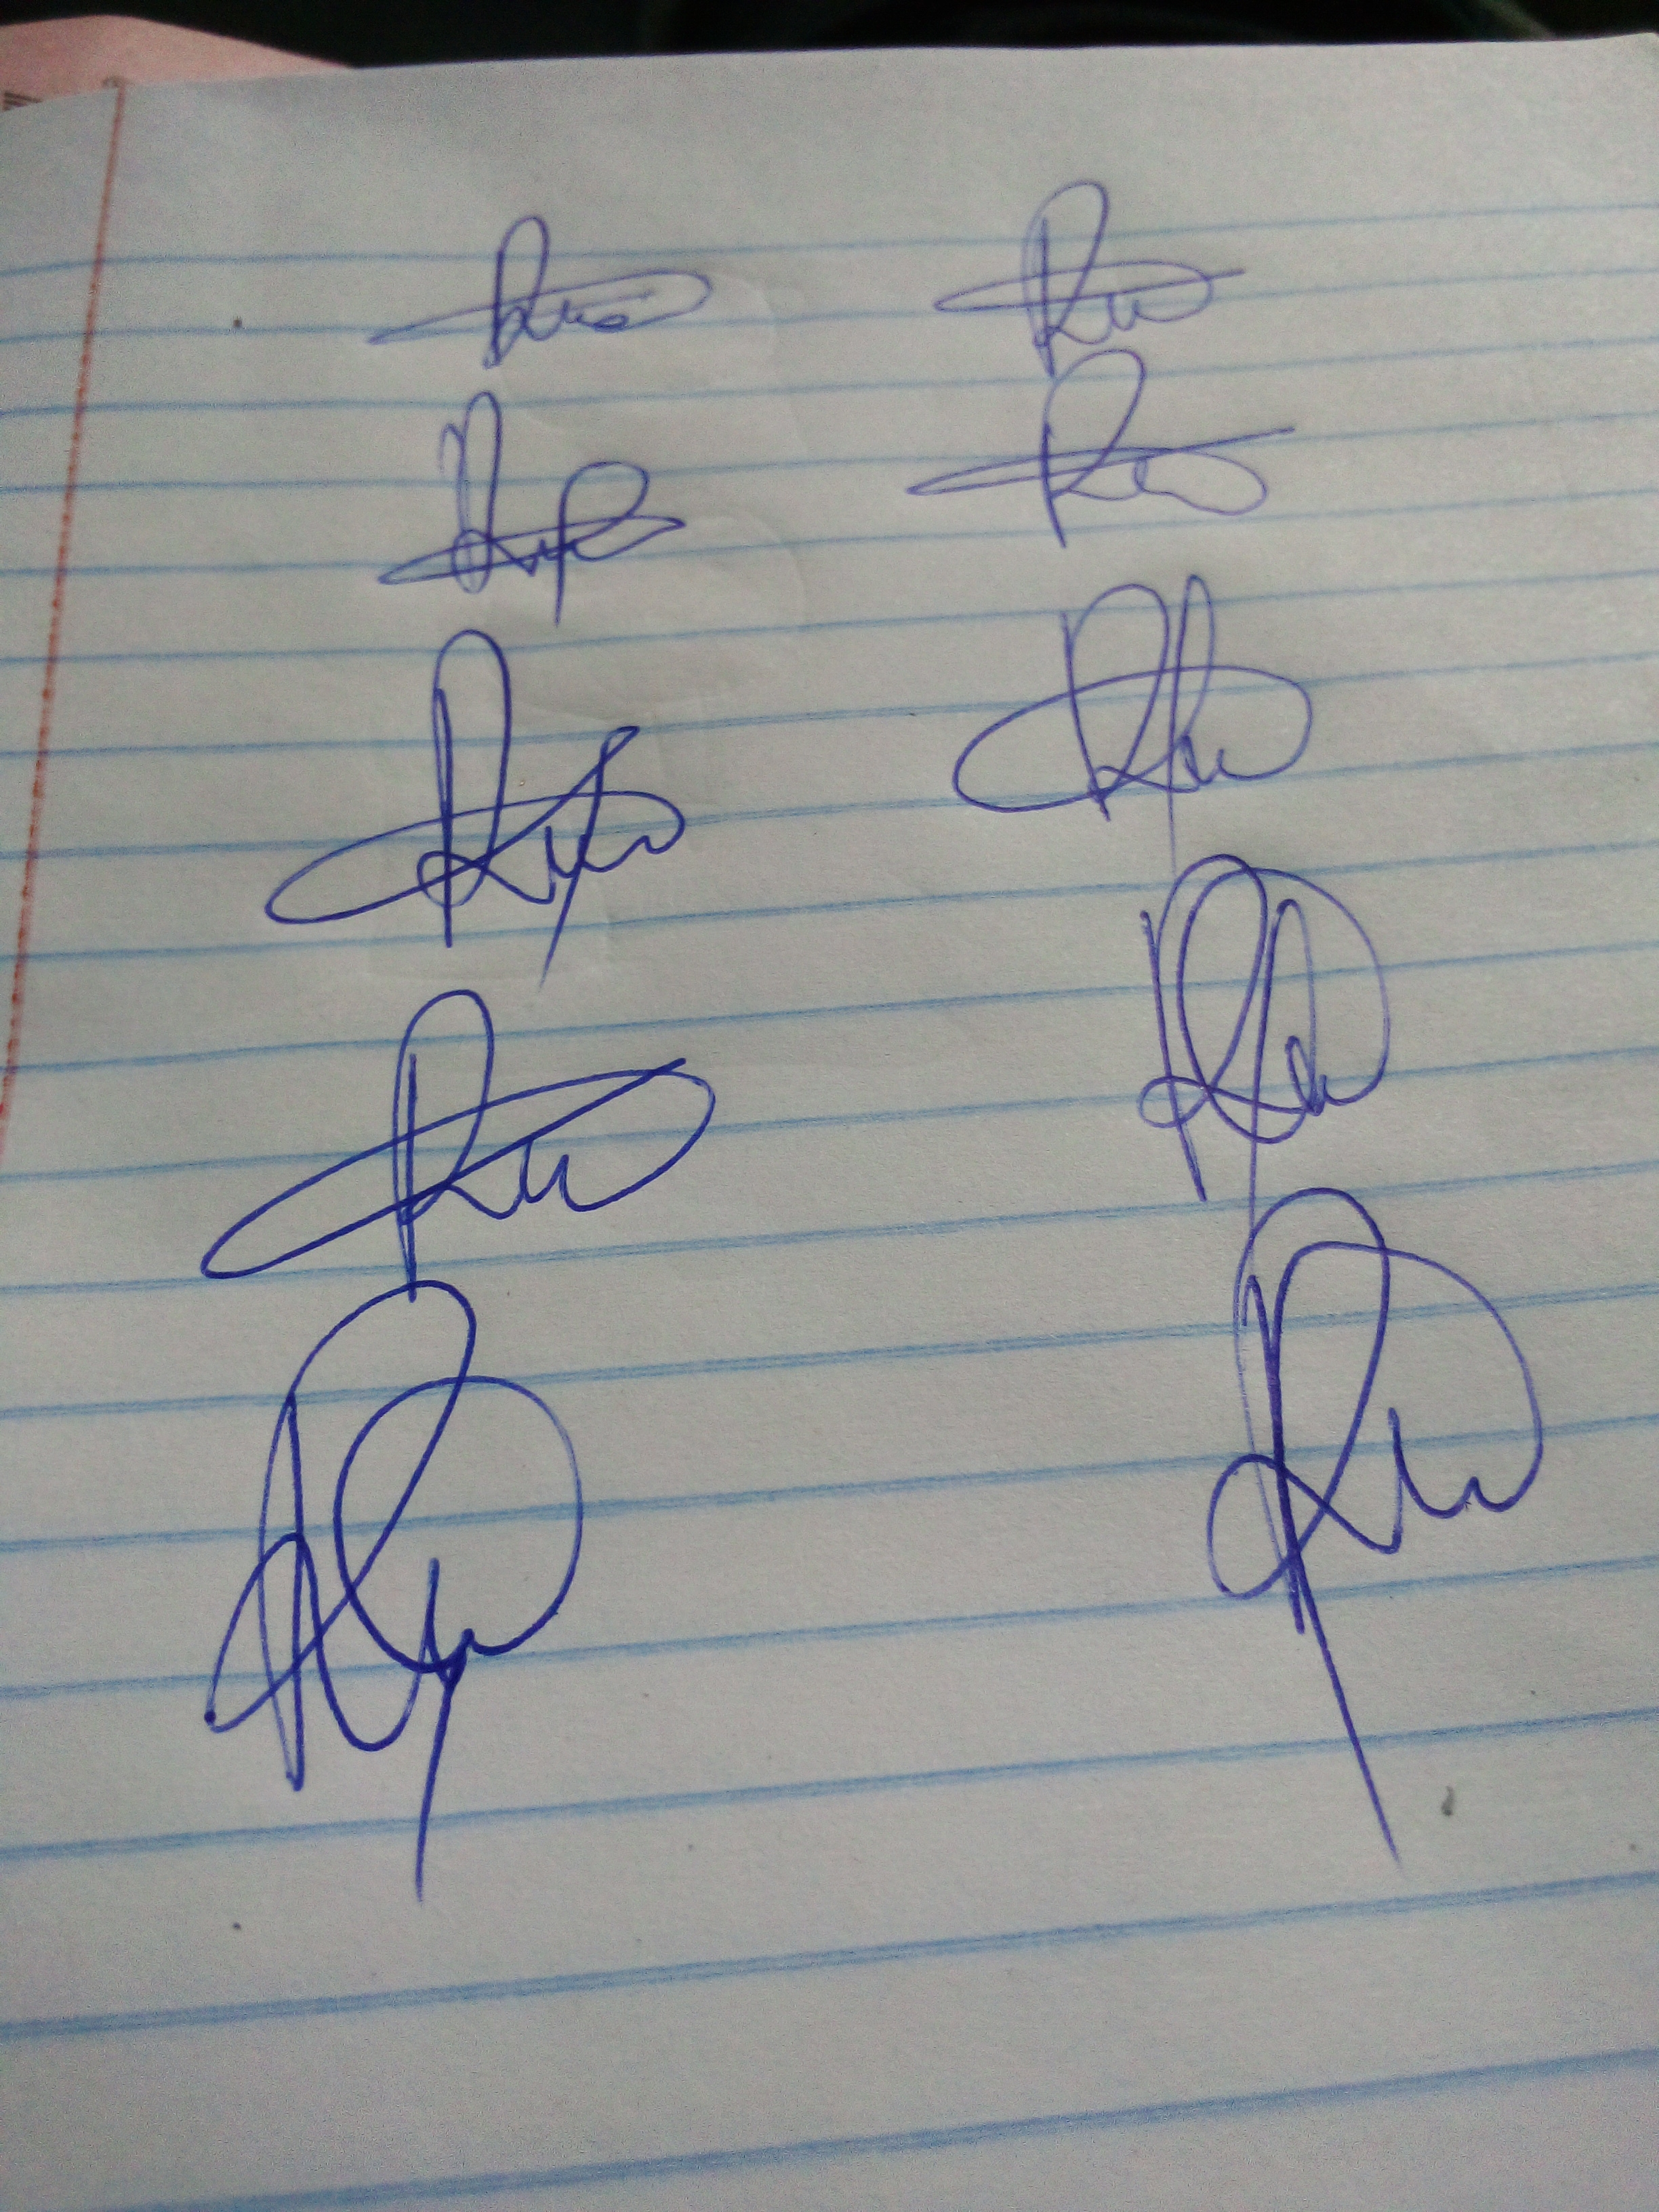
Signature authenticity: genuine